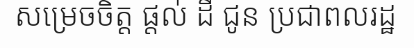
សម្រេចចិត្ត ផ្តល់ ដី ជូន ប្រជាពលរដ្ឋ